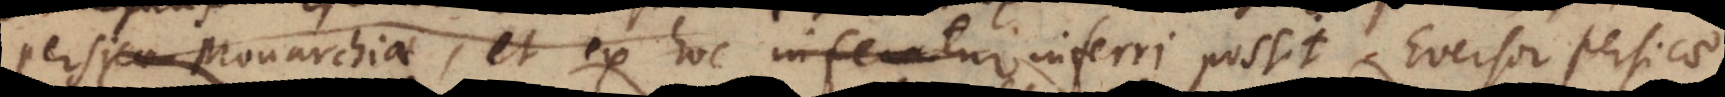
Persicae Monarchiae, et ex hoc inferatur inferri possit Eversor Persicae